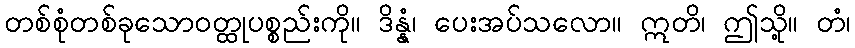
တစ်စုံတစ်ခုသောဝတ္ထုပစ္စည်းကို။ ဒိန္နံ၊ ပေးအပ်သလော။ ဣတိ၊ ဤသို့။ တံ၊